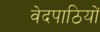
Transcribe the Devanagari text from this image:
वेदपाठियों